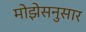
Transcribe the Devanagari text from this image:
मोझेसनुसार